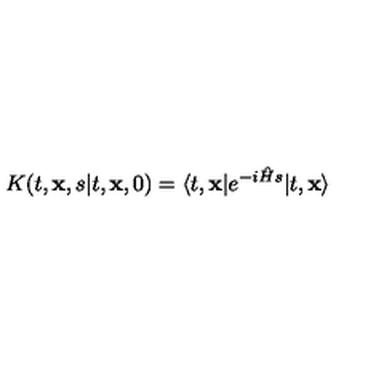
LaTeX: K ( t , { \bf x } , s \vert t , { \bf x } , 0 ) = \langle t , { \bf x } \vert e ^ { - i { \hat { H } } s } \vert t , { \bf x } \rangle